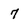
Character: 7